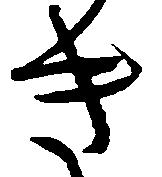
き